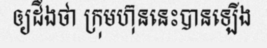
ឲ្យដឹងថា ក្រុមហ៊ុននេះបានឡើង